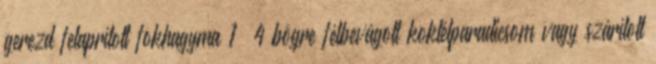
gerezd felaprított fokhagyma 1 4 bögre félbevágott koktélparadicsom vagy szárított